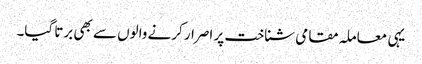
یہی معاملہ مقامی شناخت پر اصرار کرنے والوں سے بھی برتا گیا۔